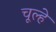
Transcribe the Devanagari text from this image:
चूल्‍हे